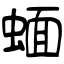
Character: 蝒